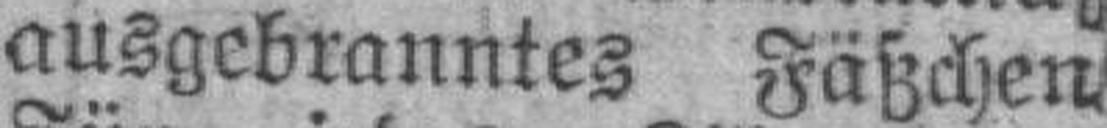
ausgebranntes Fäßchen